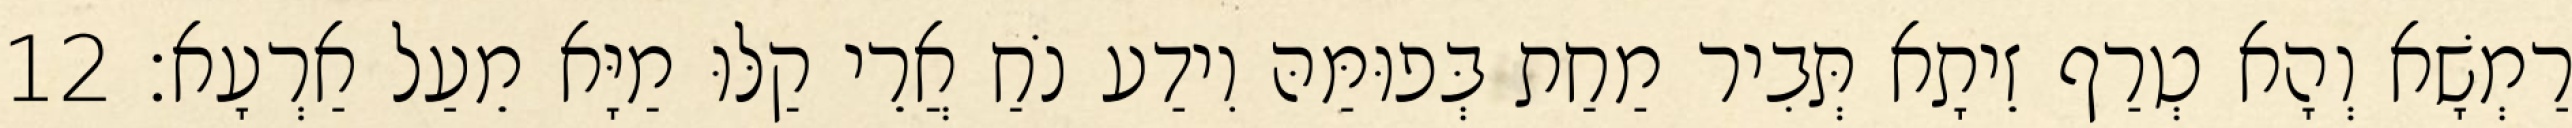
רַמְשָׁא וְהָא טְרַף זֵיתָא תְּבִיר מַחַת בְּפוּמַּהּ וִידַע נֹחַ אֲרֵי קַלּוּ מַיָּא מֵעַל אַרְעָא׃ 12